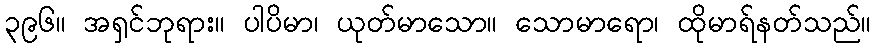
၃၉၆။ အရှင်ဘုရား။ ပါပိမာ၊ ယုတ်မာသော။ သောမာရော၊ ထိုမာရ်နတ်သည်။